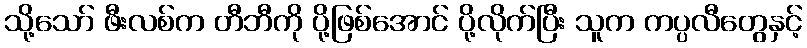
သို့သော် ဖီးလစ်က တီဘီကို ပို့ဖြစ်အောင် ပို့လိုက်ပြီး သူက ကပ္ပလီတွေနှင့်